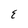
Character: E